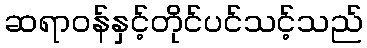
ဆရာဝန်နှင့်တိုင်ပင်သင့်သည်